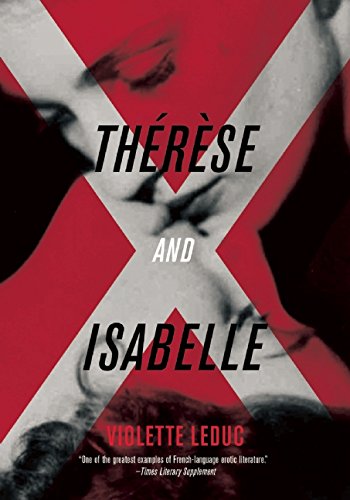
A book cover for ThÃ©rÃ¨se and Isabelle; Violette Leduc; Romance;